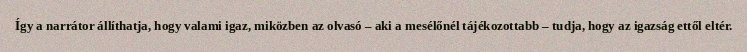
Így a narrátor állíthatja, hogy valami igaz, miközben az olvasó – aki a mesélőnél tájékozottabb – tudja, hogy az igazság ettől eltér.